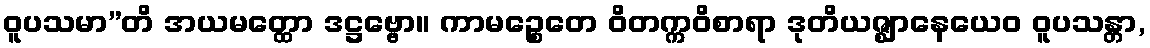
ဝူပသမာ”တိ အယမတ္ထော ဒဋ္ဌဗ္ဗော။ ကာမဉ္စေတေ ဝိတက္ကဝိစာရာ ဒုတိယဇ္ဈာနေယေဝ ဝူပသန္တာ,